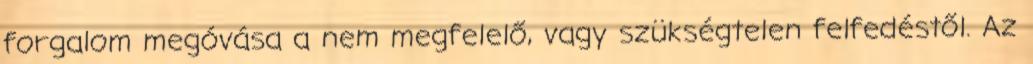
forgalom megóvása a nem megfelelő, vagy szükségtelen felfedéstől. Az